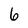
Character: 6